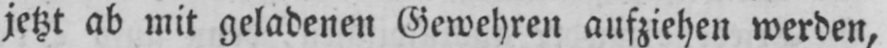
jetzt ab mit geladenen Gewehren aufziehen werden,